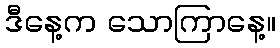
ဒီနေ့က သောကြာနေ့။